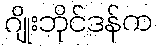
ဂျိုးဘိုင်ဒန်က